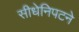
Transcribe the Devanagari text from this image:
सीधेनिपटने